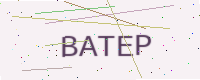
Text: BATEP